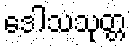
ဒေါသသုတ္တ